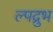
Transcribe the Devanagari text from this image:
ल्पद्रुभ